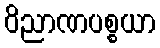
ဝိညာဏပစ္စယာ